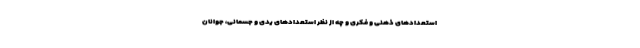
استعدادهای ذهنی و فکری و چه از نظر استعدادهای یدی و جسمانی، جوانان